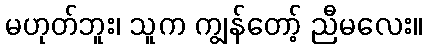
မဟုတ်ဘူး၊ သူက ကျွန်တော့် ညီမလေး။